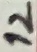
Text: 12